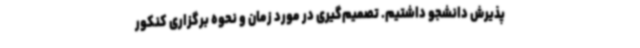
پذیرش دانشجو داشتیم. تصمیم‌گیری در مورد زمان و نحوه برگزاری کنکور